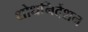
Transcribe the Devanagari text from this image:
शोधनिर्देशन